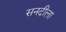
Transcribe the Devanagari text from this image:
सनदीला